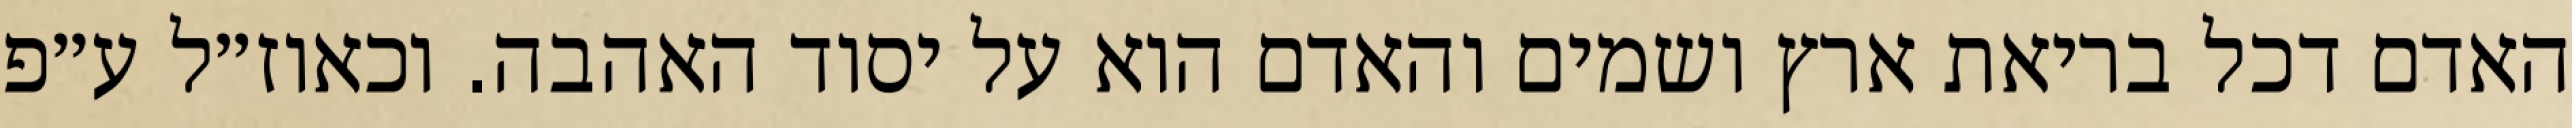
האדם דכל בריאת ארץ ושמים והאדם הוא על יסוד האהבה. וכאוז״ל ע״פ